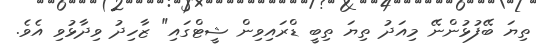
ތިޔަ ބޭފުޅުންނޭ މިއަދު ތިޔަ ތިބީ ޑްރައިވިން ޝީޓްގައި" ޒާހިދު ވިދާޅުވި އެވެ.